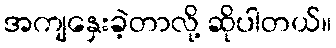
အကျနှေးခဲ့တာလို့ ဆိုပါတယ်။